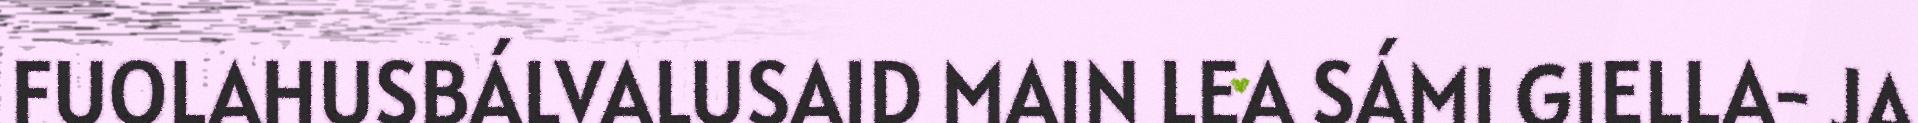
FUOLAHUSBÁLVALUSAID MAIN LEA SÁMI GIELLA- JA